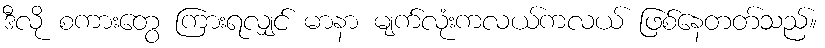
ဒီလို စကားတွေ ကြားရလျှင် မာနာ မျက်လုံးကလယ်ကလယ် ဖြစ်နေတတ်သည်။